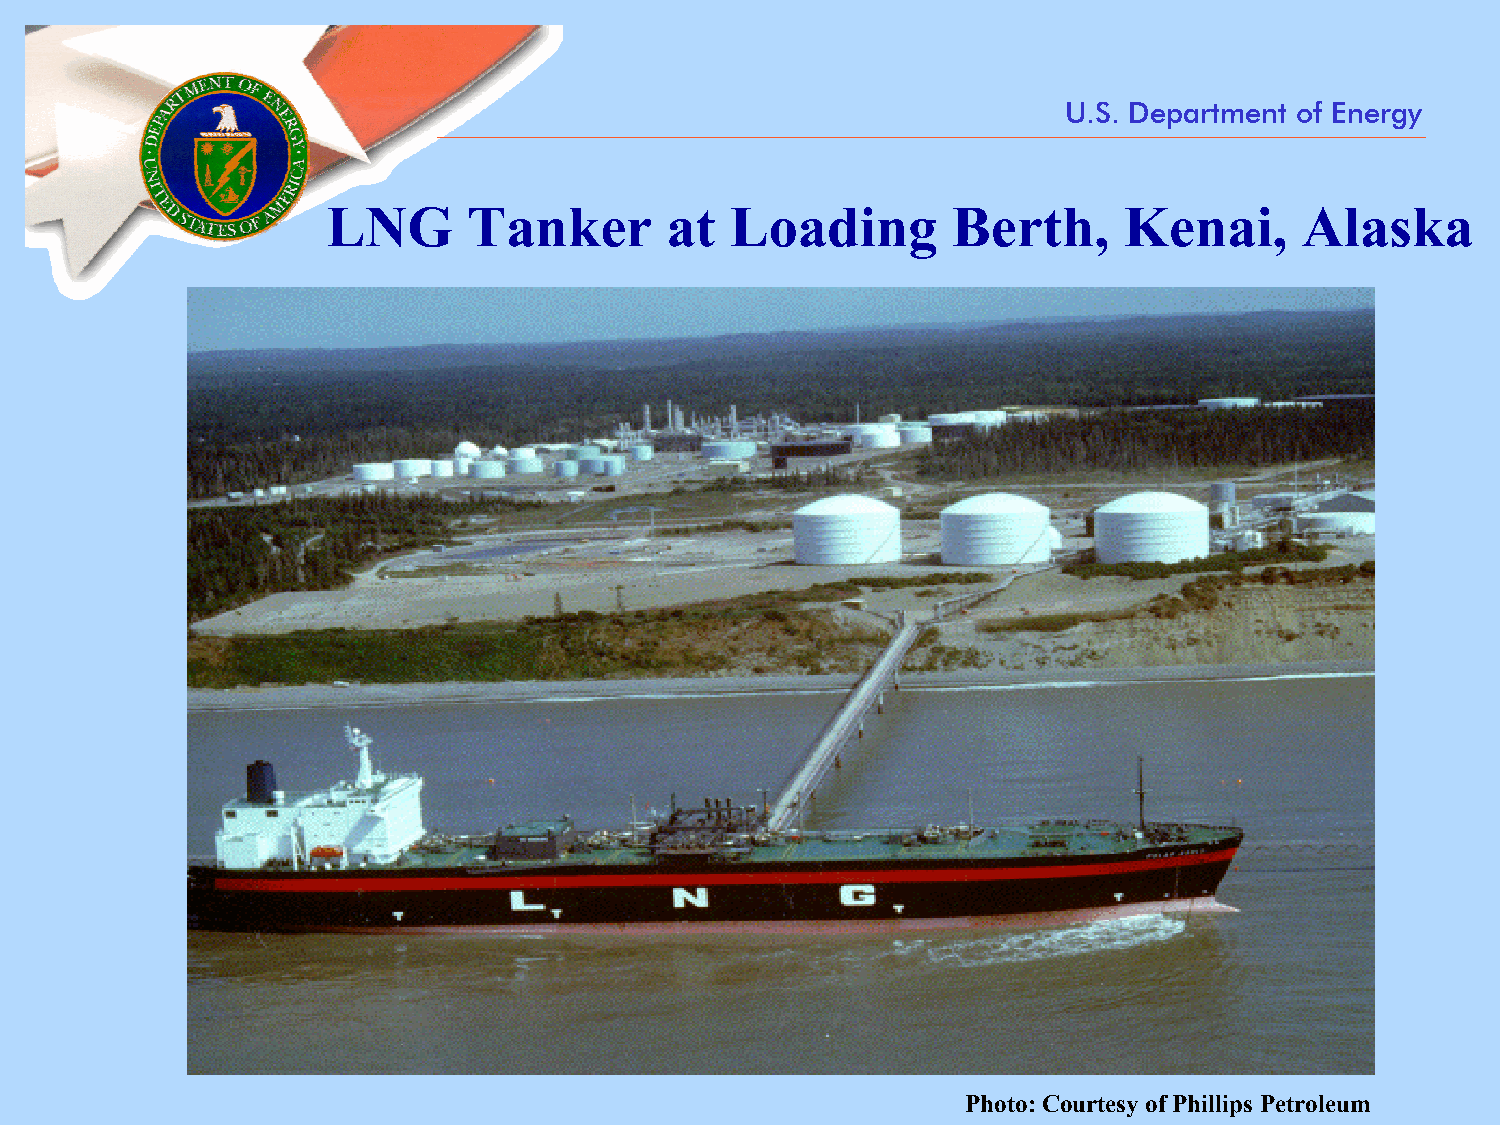
U.S. Department of Energy
 LNG      Tanker       at  Loading        Berth,     Kenai,      Alaska
 Photo: Courtesy of Phillips Petroleum